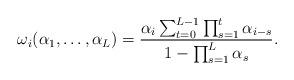
LaTeX: \begin{align*} \omega_i(\alpha_1,\ldots,\alpha_L) = \frac{\alpha_i \sum_{t=0}^{L-1} \prod_{s=1}^t \alpha_{i-s}} {1- \prod_{s=1}^L \alpha_s}.\end{align*}